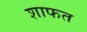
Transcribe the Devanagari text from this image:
शाफत